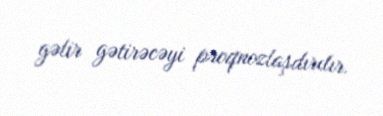
gəlir gətirəcəyi proqnozlaşdırılır.